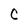
Character: C